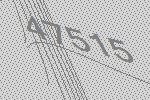
47515